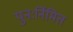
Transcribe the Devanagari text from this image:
पुनःर्निमित